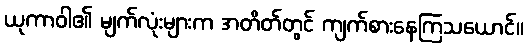
ယုကာဝါ၏ မျက်လုံးများက အတိတ်တွင် ကျက်စားနေကြသယောင်။